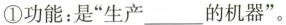
①功能：是”生产___的机器”。